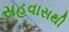
સહવાસથી